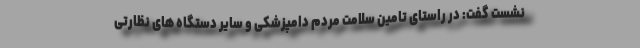
نشست گفت: در راستای تامین سلامت مردم دامپزشکی و سایر دستگاه های نظارتی